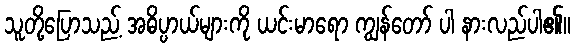
သူတို့ပြောသည့် အဓိပ္ပာယ်များကို ယင်းမာရော ကျွန်တော် ပါ နားလည်ပါ၏။